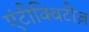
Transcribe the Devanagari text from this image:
एंटीक्विटीज़